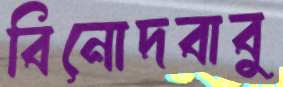
বিনোদবাবু